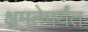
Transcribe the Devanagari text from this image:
क्षमतेपर्यंत